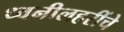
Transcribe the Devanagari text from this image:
ध्वनीलहरींचे